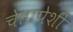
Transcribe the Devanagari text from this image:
चेतापेशीं